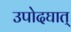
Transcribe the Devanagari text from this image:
उपोदघात्‌